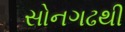
સોનગઢથી